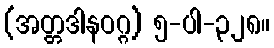
(အတ္တဒါနဝဂ္ဂ) ၅-ပါ-၃၂၈။